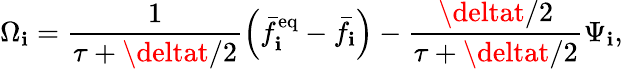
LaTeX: \Omega_{\mathbf{i}}=\frac{{1}}{{\tau+\deltat/2}}\left(\bar{{f}}_{\mathbf{i}}^{\mathrm{{eq}}}-\bar{{f}}_{\mathbf{i}}\right)-\frac{{\deltat/2}}{{\tau+\deltat/2}}\Psi_{\mathbf{i}},